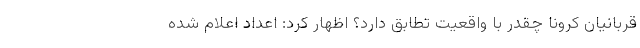
قربانیان کرونا چقدر با واقعیت تطابق دارد؟ اظهار کرد: اعداد اعلام شده